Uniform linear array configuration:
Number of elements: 16
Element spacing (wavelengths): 0.25
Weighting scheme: blackman
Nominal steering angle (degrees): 45
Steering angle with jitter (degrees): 43.4
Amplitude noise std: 0.05
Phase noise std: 0.05

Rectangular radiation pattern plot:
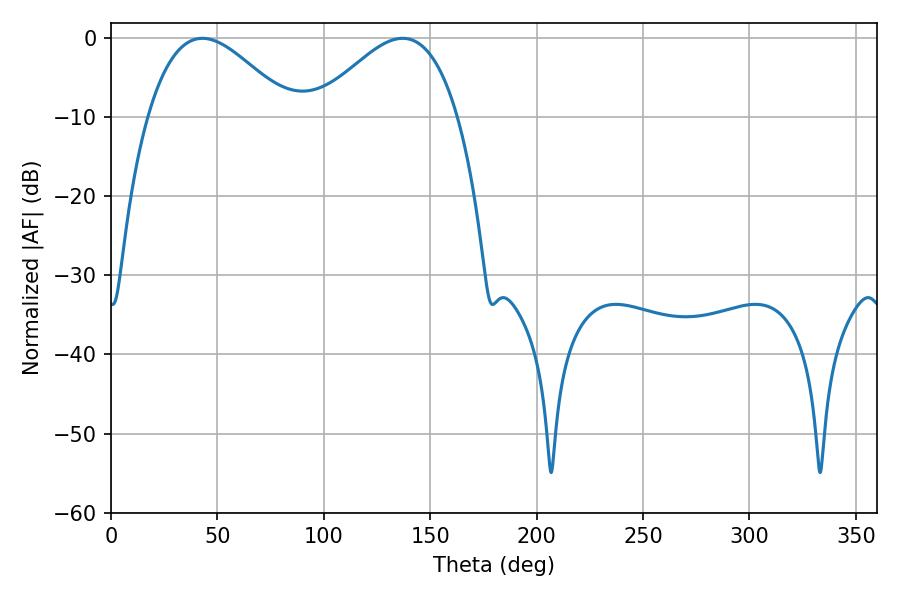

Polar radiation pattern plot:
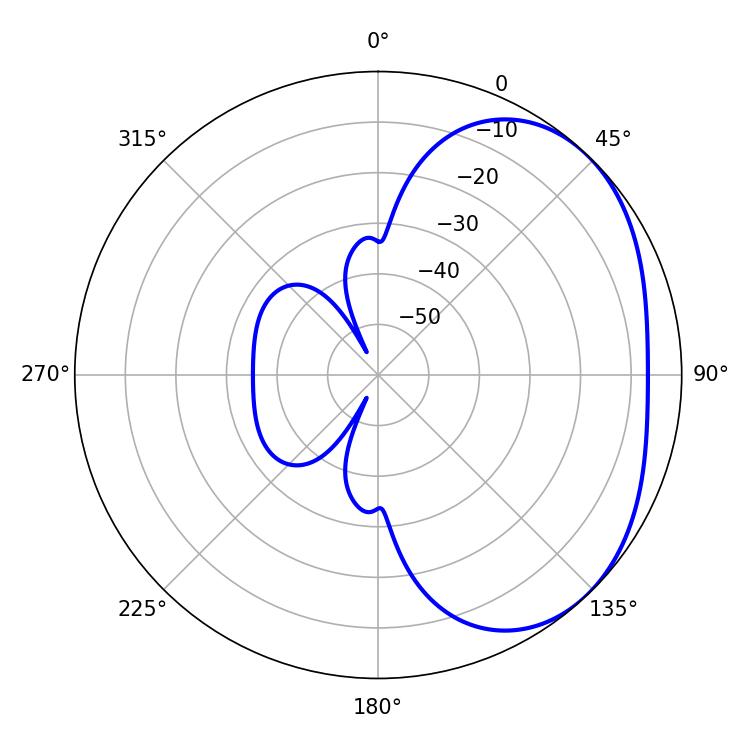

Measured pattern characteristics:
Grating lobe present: FALSE
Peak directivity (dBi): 2.93
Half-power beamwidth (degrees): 36.18
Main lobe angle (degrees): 43.02